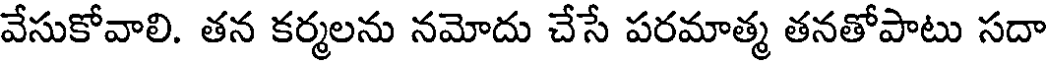
వేసుకోవాలి. తన కర్మలను నమోదు చేసే పరమాత్మ తనతోపాటు సదా